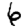
Digit: 6